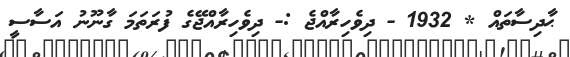
ޙާދިސާތައް * 1932 - ދިވެހިރާއްޖެ :- ދިވެހިރާއްޖޭގެ ފުރަތަމަ ގާނޫނު އަސާސީ